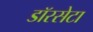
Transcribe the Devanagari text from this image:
डॉरसेटा